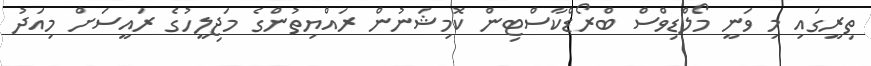
ތިރީގައި މި ވަނީ މޯލްޑިވްސް ބްރޯޑްކާސްޓިން ކޮމިޝަނުން ރައްޔިތުންގެ މަޖިލީހުގެ ރައީސަށް މިއަދު